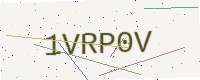
Text: 1VRP0V